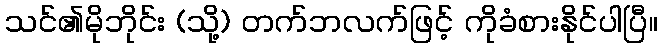
သင်၏မိုဘိုင်း (သို့) တက်ဘလက်ဖြင့် ကိုခံစားနိုင်ပါပြီ။